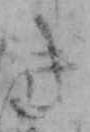
き